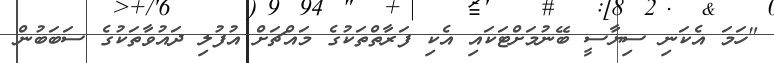
"ހަމަ އެކަނި ސިޔާސީ ބޭނުމަށްޓަކައި އެކި ފަރާތްތަކުގެ މައްޗަށް އުފުލި ދައުވާތަކުގެ ސަބަބުން